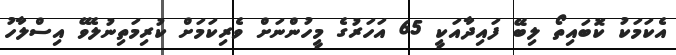
އެކަމަކު ކޮބައިތޯ ލިބޭ ފައިދާއަކީ 65 އަހަރުގެ މީހުންނަށް ވެރިކަމަށް ކުރިމަތިނުލެވޭ އިސްލާހު